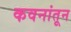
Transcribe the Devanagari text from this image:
कवनांतून